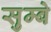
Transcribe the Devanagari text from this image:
सुम्बे